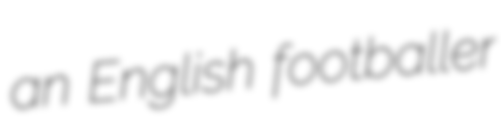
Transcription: an English footballer